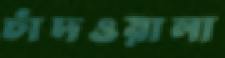
চাঁদওয়ালা